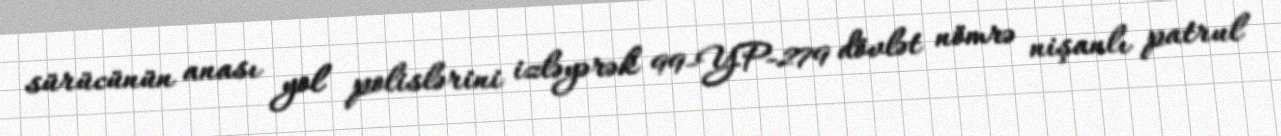
sürücünün anası yol polislərini izləyərək 99-YP-279 dövlət nömrə nişanlı patrul